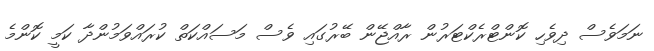
ނަމަވެސް ދިވެހި ކޮންޓްރެކްޓަރުން ރާއްޖޭން ބޭރުގައި ވެސް މަސައްކަތް ކުރައްވަމުންދާ ކަމީ ކޮންމެ